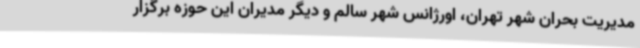
مدیریت بحران شهر تهران، اورژانس شهر سالم و دیگر مدیران این حوزه برگزار